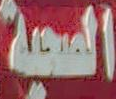
الصحية